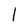
Character: l